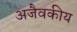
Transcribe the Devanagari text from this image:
अजैवकीय